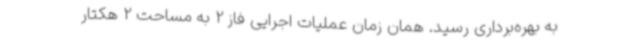
به بهره‌برداری رسید. همان زمان عملیات اجرایی فاز 2 به مساحت 2 هکتار